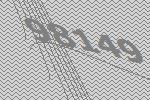
98149